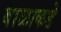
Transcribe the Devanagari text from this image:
बाळाकडे